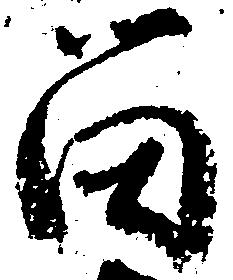
留